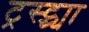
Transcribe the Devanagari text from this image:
ट्रस्ट्च्या